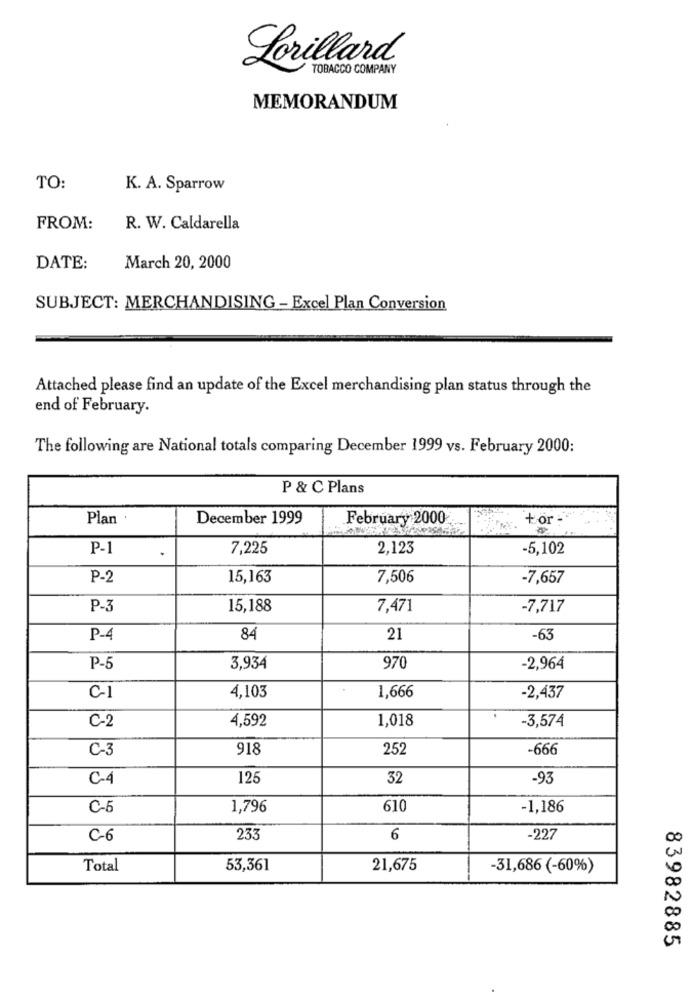
Lorillard
TOBACCO COMPANY
MEMORANDUM
TO:
K. A. Sparrow
FROM:
R. W. Caldarella
DATE:
March 20, 2000
SUBJECT: MERCHANDISING - Excel Plan Conversion
Attached please find an update of the Excel merchandising plan status through the
end of February.
The following are National totals comparing December 1999 vs. February 2000:
P & C Plans
Plan
December 1999
February 2000
+ or -
P-1
.
7,225
2,123
-5,102
P-2
15,163
7,506
-7,657
P-3
15,188
7,471
-7,717
P-4
84
21
-63
P-5
3,934
970
-2,964
1,666
C-1
4,103
-2,437
C-2
4,592
1,018
-3,574
C-3
918
252
-666
C-4
125
32
-93
C-5
1,796
610
-1,186
C-6
233
6
-227
Total
53,361
21,675
-31,686 (-60%)
--
83982885